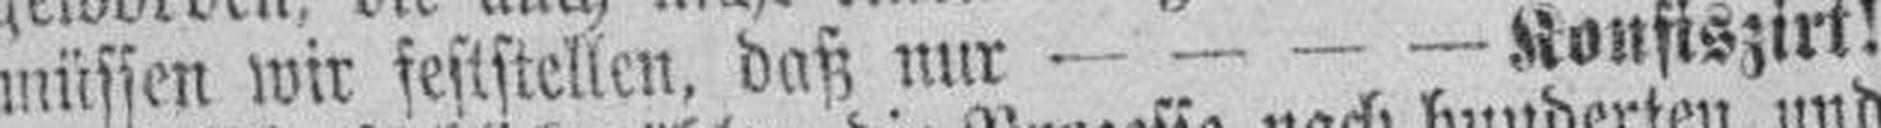
müssen wir feststellen, daß nur — — — — Konfiszirt!